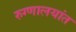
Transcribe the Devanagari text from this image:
रुग्णालयांत